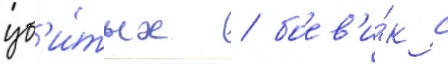
уб'и́тых / боев'и́к с